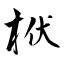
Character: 栿